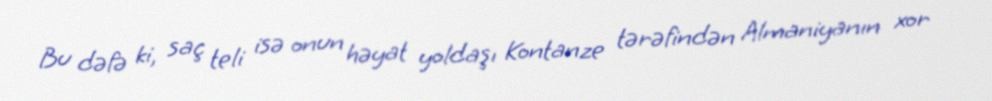
Bu dəfə ki, saç teli isə onun həyat yoldaşı Kontanze tərəfindən Almaniyanın xor